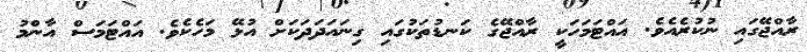
ރާއްޖޭގައި ނުކުރެއެވެ. އައްޓަމަހަކީ ރާއްޖޭގެ ކަނޑުތަކުގައި ގިނައަދަދަކަށް އުޅޭ މަހެކެވެ. އައްޓަމަސް އާންމު